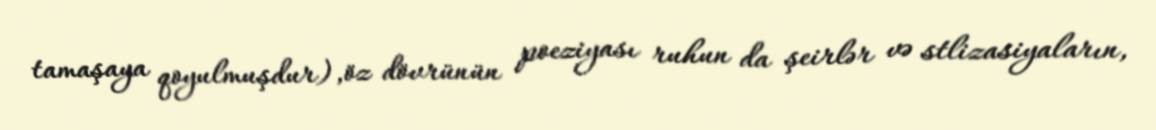
tamaşaya qoyulmuşdur),öz dövrünün poeziyası ruhun da şeirlər və stlizasiyaların,